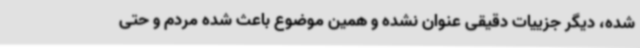
شده، دیگر جزییات دقیقی عنوان نشده و همین موضوع باعث شده مردم و حتی